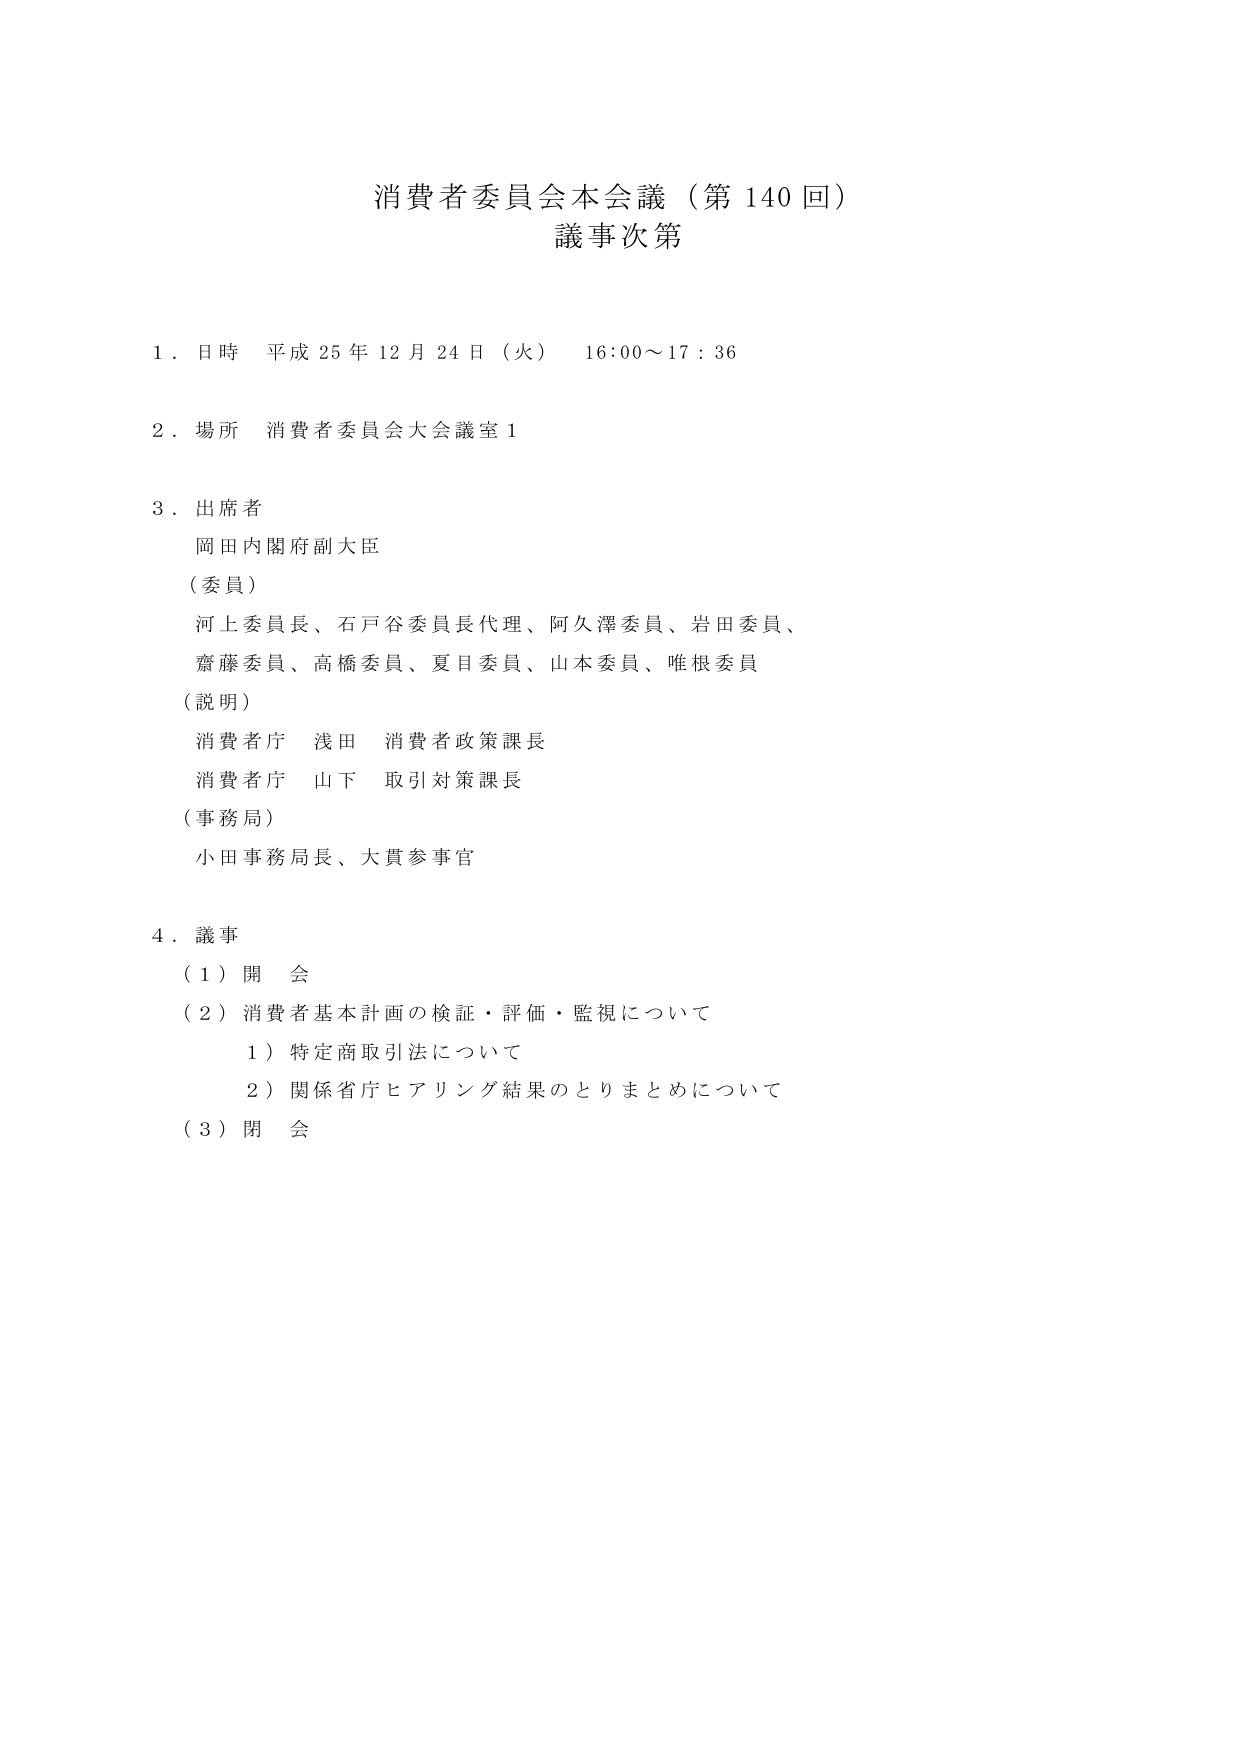
消費者委員会本会議（第140回）
議事次第

1．日時 平成25年12月24日（火） 16:00～17:36

2．場所 消費者委員会大会議室1

3．出席者
　岡田内閣府副大臣
　（委員）
　河上委員長、石戸谷委員長代理、阿久澤委員、岩田委員、
　齋藤委員、高橋委員、夏目委員、山本委員、唯根委員
　（説明）
　消費者庁 浅田 消費者政策課長
　消費者庁 山下 取引対策課長
　（事務局）
　小田事務局長、大貫参事官

4．議事
　（1）開会
　（2）消費者基本計画の検証・評価・監視について
　　　1）特定商取引法について
　　　2）関係省庁ヒアリング結果のとりまとめについて
　（3）閉会